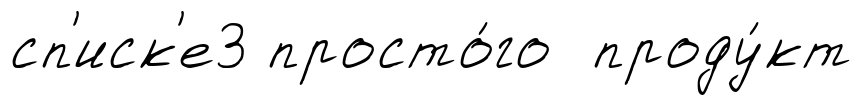
сп'иск'е3 просто́го проду́кт